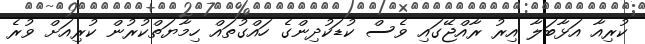
ކުރިއާ އަޅާބަލާ އިރު ރާއްޖޭގައި ވެސް ކުޑަކުދިންގެ ހައްގުތައް ހިމާޔަތްކުރުން ކުރިއަށް ވުރެ